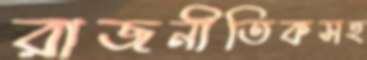
রাজনীতিকসহ